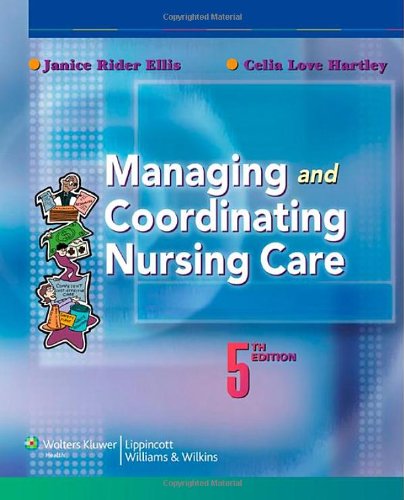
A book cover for Managing and Coordinating Nursing Care; Janice Rider Ellis PhD  RN; Medical Books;